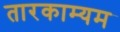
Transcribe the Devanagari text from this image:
तारकाम्यम